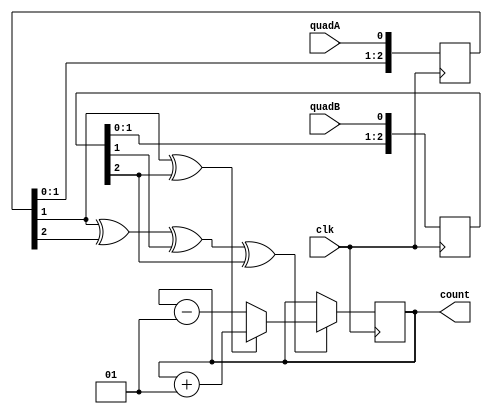
module quadrature(clk, quadA, quadB, count);

input clk, quadA, quadB;
output signed [31:0] count;

reg [2:0] quadA_delayed, quadB_delayed;
always @(posedge clk) quadA_delayed <= {quadA_delayed[1:0], quadA};
always @(posedge clk) quadB_delayed <= {quadB_delayed[1:0], quadB};

wire count_enable = quadA_delayed[1] ^ quadA_delayed[2] ^ quadB_delayed[1] ^ quadB_delayed[2];
wire count_direction = quadA_delayed[1] ^ quadB_delayed[2];

reg signed [31:0] count;
always @(posedge clk)
begin
  if(count_enable)
  begin
    if(count_direction) count<=count+1; else count<=count-1;
  end
end

endmodule